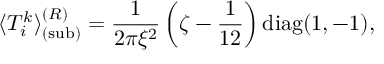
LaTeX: \langle T _ { i } ^ { k } \rangle _ { { \mathrm { ( s u b ) } } } ^ { ( R ) } = \frac { 1 } { 2 \pi \xi ^ { 2 } } \left( \zeta - \frac { 1 } { 1 2 } \right) { \mathrm { d i a g } } ( 1 , - 1 ) ,